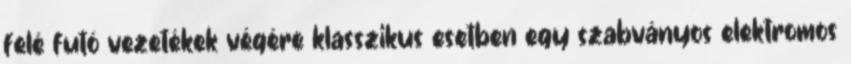
felé futó vezetékek végére klasszikus esetben egy szabványos elektromos